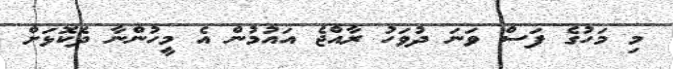
މި މަހުގެ ފަސް ވަނަ ދުވަހު ރާއްޖެ އައުމުން އެ މީހުންނާ ދެކޮޅަށް